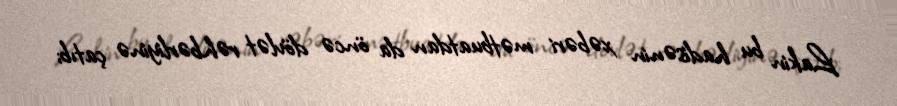
Lakin bu hadisənin xəbəri mətbuatdan da öncə dövlət rəhbərliyinə çatıb;